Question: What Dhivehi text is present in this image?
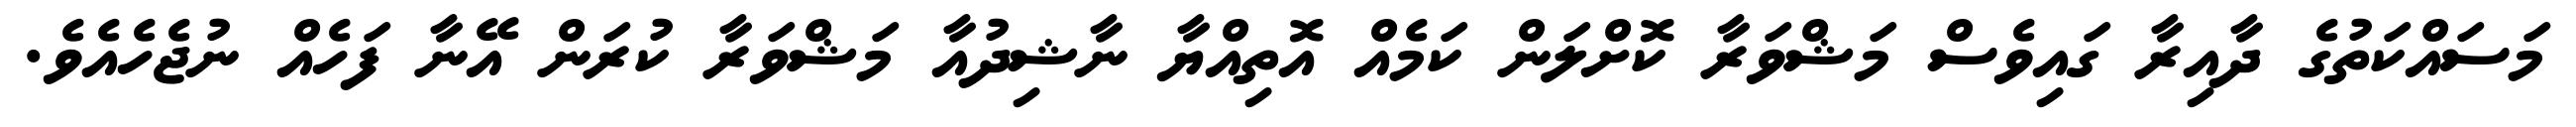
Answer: މަސައްކަތުގެ ދާއިރާ ގައިވެސް މަޝްވަރާ ކޮށްލަން ކަމެއް އޮތިއްޔާ ނާޝިދުއާ މަޝްވަރާ ކުރަން އޭނާ ފަހެއް ނުޖެހެއެވެ.